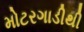
મોટરગાડીથી